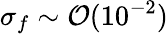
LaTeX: \sigma_{f}\sim\mathcal{O}(10^{-2})